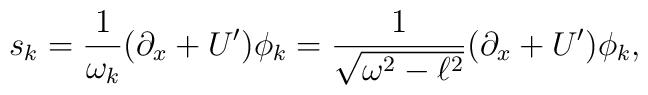
s_k=\frac{1}{\omega_k}(\partial_x+U{'})\phi_k     =\frac{1}{\sqrt{\omega^2-\ell^2}}(\partial_x+U{'})\phi_k,